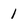
Character: 1